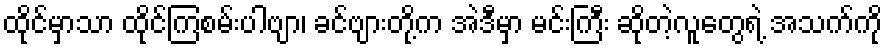
ထိုင်မှာသာ ထိုင်ကြစမ်းပါဗျာ၊ ခင်ဗျားတို့က အဲဒီမှာ မင်းကြီး ဆိုတဲ့လူတွေရဲ့ အသက်ကို